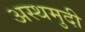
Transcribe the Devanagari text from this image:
अस्थमुदी